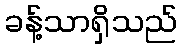
ခန့်သာရှိသည်